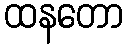
ထနတော